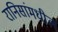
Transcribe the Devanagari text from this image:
रानिसांमधील